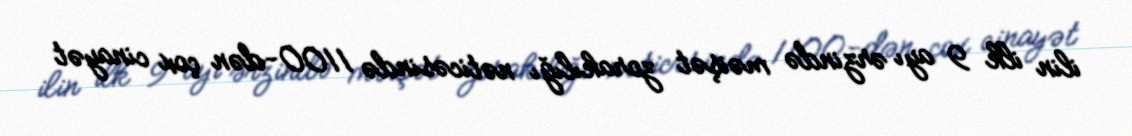
ilin ilk 9 ayı ərzində məişət zorakılığı nəticəsində 1100-dən çox cinayət